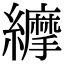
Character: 𦇑